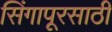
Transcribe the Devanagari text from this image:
सिंगापूरसाठी